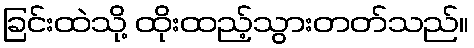
ခြင်းထဲသို့ ထိုးထည့်သွားတတ်သည်။